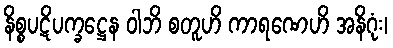
နိစ္စပဋိပက္ခဋ္ဌေန ဝါဘိ စတူဟိ ကာရဏေဟိ အနိဂုံး၊